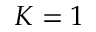
K = 1